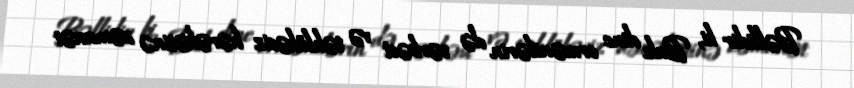
Bəllidir ki, Bakı dinc ermənilərin də sərbəst və təhlükəsiz hərəkətinə zəmanət